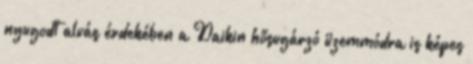
nyugodt alvás érdekében a Daikin hősugárzó üzemmódra is képes